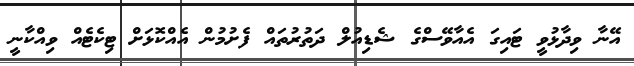
އޭނާ ވިދާޅުވީ ޓައިގަ އެއާވޭސްގެ ޝެޑިއުލް ދަތުރުތައް ފެށުމުން އެއްކޮޅަށް ޓިކެޓެއް ވިއްކާނީ